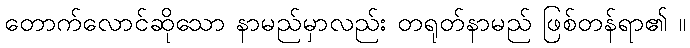
တောက်လောင်ဆိုသော နာမည်မှာလည်း တရုတ်နာမည် ဖြစ်တန်ရာ၏ ။